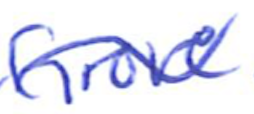
Text: Grove
Cross-out: wave
Writing tool: ballpoint